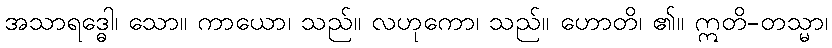
အသာရဒ္ဓေါ၊ သော။ ကာယော၊ သည်။ လဟုကော၊ သည်။ ဟောတိ၊ ၏။ ဣတိ-တသ္မာ၊